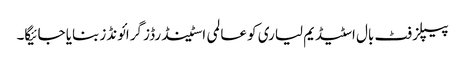
پیپلز فٹ بال اسٹیڈیم لیاری کو عالمی اسٹینڈرڈز گرائونڈز بنایا جائیگا۔